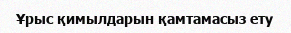
Ұрыс қимылдарын қамтамасыз ету